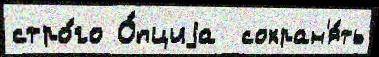
стро́го О́пциjа  сохран'я́ть